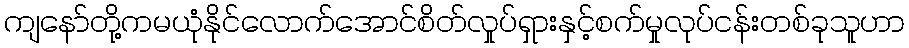
ကျနော်တို့ကမယုံနိုင်လောက်အောင်စိတ်လှုပ်ရှားနှင့်စက်မှုလုပ်ငန်းတစ်ခုသူဟာ